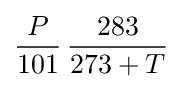
{\frac {P}{101}}\,{\frac {283}{273+T}}